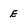
Character: E